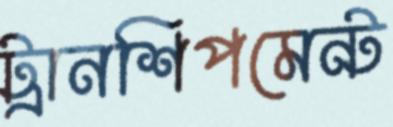
ট্রানশিপমেন্ট